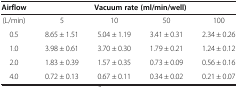
| Airflow | <COLSPAN=4> Vacuum rate (ml/min/well) |
 | --- | --- | --- | --- | --- |
 | (L/min) | 5 | 10 | 50 | 100 |
 | 0.5 | 8.65 ± 1.51 | 5.04 ± 1.19 | 3.41 ± 0.31 | 2.34 ± 0.26 |
 | 1.0 | 3.98 ± 0.61 | 3.70 ± 0.30 | 1.79 ± 0.21 | 1.24 ± 0.12 |
 | 2.0 | 1.83 ± 0.39 | 1.57 ± 0.35 | 0.73 ± 0.09 | 0.56 ± 0.16 |
 | 4.0 | 0.72 ± 0.13 | 0.67 ± 0.11 | 0.34 ± 0.02 | 0.21 ± 0.07 |